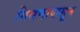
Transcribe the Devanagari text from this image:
मिश्रणापासून